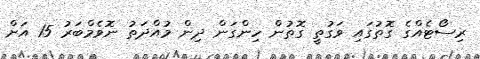
ރިސޯޓެއްގެ ގޮތުގައި ވަގުތީ ގޮތުން ހިންގަން ދިން މުއްދަތު ނޮވެމްބަރު 15 އަށް